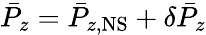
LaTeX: \bar{P}_{z}=\bar{P}_{z,\mathrm{NS}}+\delta\bar{P}_{z}